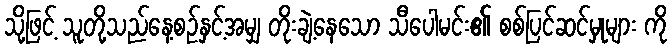
သို့ဖြင့် သူတို့သည်နေ့စဉ်နှင့်အမျှ တိုးချဲ့နေသော သီပေါမင်း၏ စစ်ပြင်ဆင်မှုများ ကို